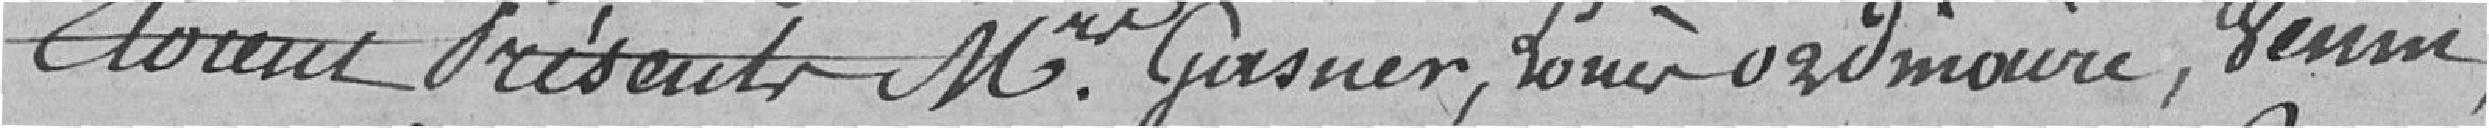
Etaient présent Messieurs Gasner,